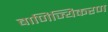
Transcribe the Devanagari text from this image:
बाणिज्यिकरण